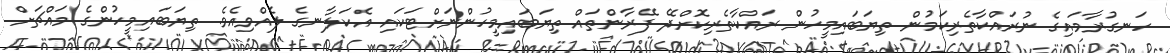
ހަނގުރާމައިގެ ނުރައްކާތެރިކަމުން ތިޔަބައިމީހުން ރައްކާތެރިކޮށްދޭ ފޭރާންތައް ތިޔަބައިމީހުންނަށްޓަކައި އެކަލާނގެ ލެއްވިއެވެ. ތިޔަބައިމީހުންގެ މައްޗަށް